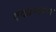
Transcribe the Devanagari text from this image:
एकान्तरण